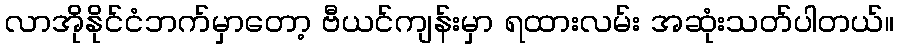
လာအိုနိုင်ငံဘက်မှာတော့ ဗီယင်ကျန်းမှာ ရထားလမ်း အဆုံးသတ်ပါတယ်။